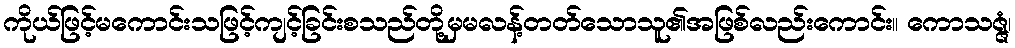
ကိုယ်ဖြင့်မကောင်းသဖြင့်ကျင့်ခြင်းစသည်တို့မှမလန့်တတ်သောသူ၏အဖြစ်လည်းကောင်း။ ကောသဇ္ဇံ၊